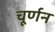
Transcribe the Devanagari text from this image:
चूर्णन